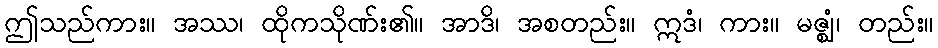
ဤသည်ကား။ အဿ၊ ထိုကသိုဏ်း၏။ အာဒိ၊ အစတည်း။ ဣဒံ၊ ကား။ မဇ္ဈံ၊ တည်း။